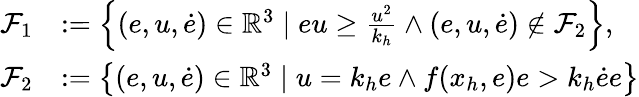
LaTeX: \begin{array}{rl}{\mathcal{F}_{1}}&{:=\left\{ (e,u,\dot{e})\in\mathbb{R}^{3}\mid eu\geq\frac{u^{2}}{k_{h}}\wedge(e,u,\dot{e})\not\in\mathcal{F}_{2}\right\} ,}\\ {\mathcal{F}_{2}}&{:=\left\{ (e,u,\dot{e})\in\mathbb{R}^{3}\mid u=k_{h}e\wedge f(x_{h},e)e>k_{h}\dot{e}e\right\} }\end{array}